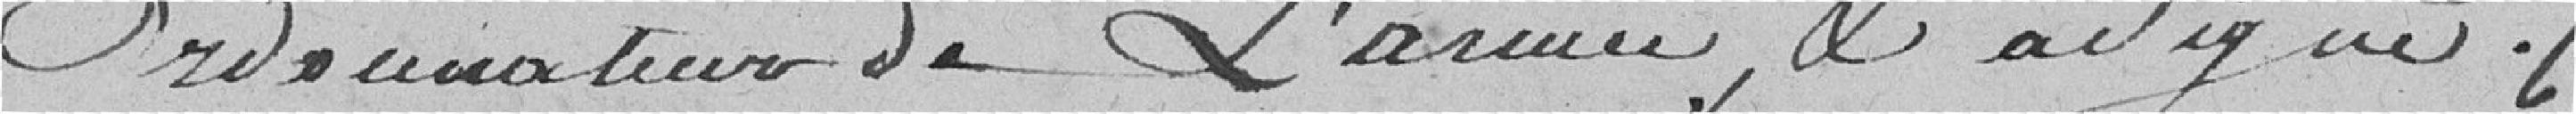
ordonnateur de l'armée, et a signé